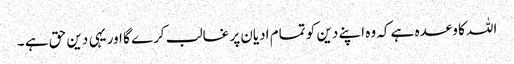
اللہ کا وعدہ ہے کہ وہ اپنے دین کو تمام ادیان پر غالب کرے گا اور یہی دین حق ہے ۔